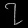
Digit: ၇